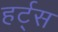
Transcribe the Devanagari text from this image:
हर्ट्‌स